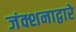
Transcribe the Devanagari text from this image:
जंक्शनाद्वारे